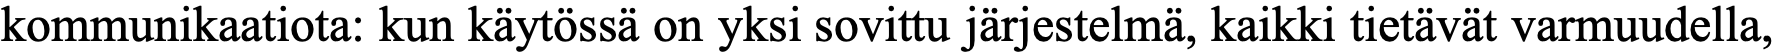
kommunikaatiota: kun käytössä on yksi sovittu järjestelmä, kaikki tietävät varmuudella,